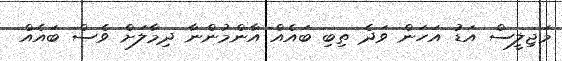
މަޖިލީސް އަޑު އަހަން ވަދެ ތިބި ބައެއް އާންމުންނާ ދިމާލަށް ވެސް ބައެއް